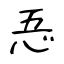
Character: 忢